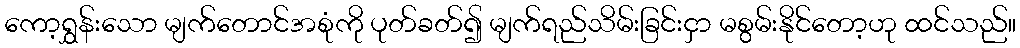
ကော့ရွှန်းသော မျက်တောင်အစုံကို ပုတ်ခတ်၍ မျက်ရည်သိမ်းခြင်းငှာ မစွမ်းနိုင်တော့ဟု ထင်သည်။